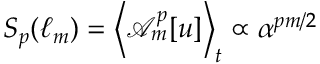
S _ { p } ( \ell _ { m } ) = \left\langle \mathcal { A } _ { m } ^ { p } [ u ] \right\rangle _ { t } \propto \alpha ^ { p m / 2 }